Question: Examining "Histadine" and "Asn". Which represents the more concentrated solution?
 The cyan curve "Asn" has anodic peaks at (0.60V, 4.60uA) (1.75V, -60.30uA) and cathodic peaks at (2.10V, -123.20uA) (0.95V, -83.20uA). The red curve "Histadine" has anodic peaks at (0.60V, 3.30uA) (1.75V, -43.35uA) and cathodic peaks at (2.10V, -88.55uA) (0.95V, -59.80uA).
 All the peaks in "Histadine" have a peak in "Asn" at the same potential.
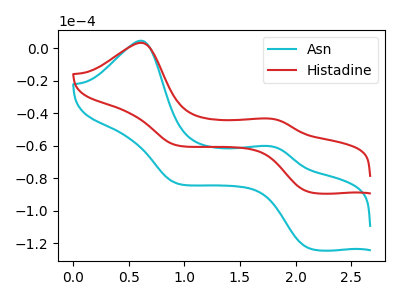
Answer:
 <answer>I cant tell if "Histadine" or "Asn" has higher concentration.</answer>
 <eval>mixed_concentration</eval>